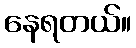
နေရတယ်။